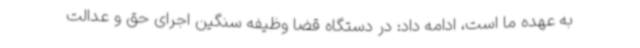
به عهده ما است، ادامه داد: در دستگاه قضا وظیفه سنگین اجرای حق و عدالت